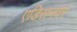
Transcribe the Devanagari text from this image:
एडिसनवर